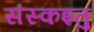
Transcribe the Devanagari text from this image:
संस्कइतु